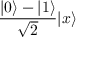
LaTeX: { \frac { | 0 \rangle - | 1 \rangle } { \sqrt { 2 } } } | x \rangle